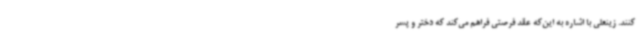
کنند. زینعلی با اشاره به این‌که عقد فرصتی فراهم می‌کند که دختر و پسر